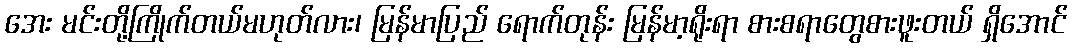
အေး မင်းတို့ကြိုက်တယ်မဟုတ်လား၊ မြန်မာပြည် ရောက်တုန်း မြန်မာ့ရိုးရာ စားစရာတွေစားဖူးတယ် ရှိအောင်